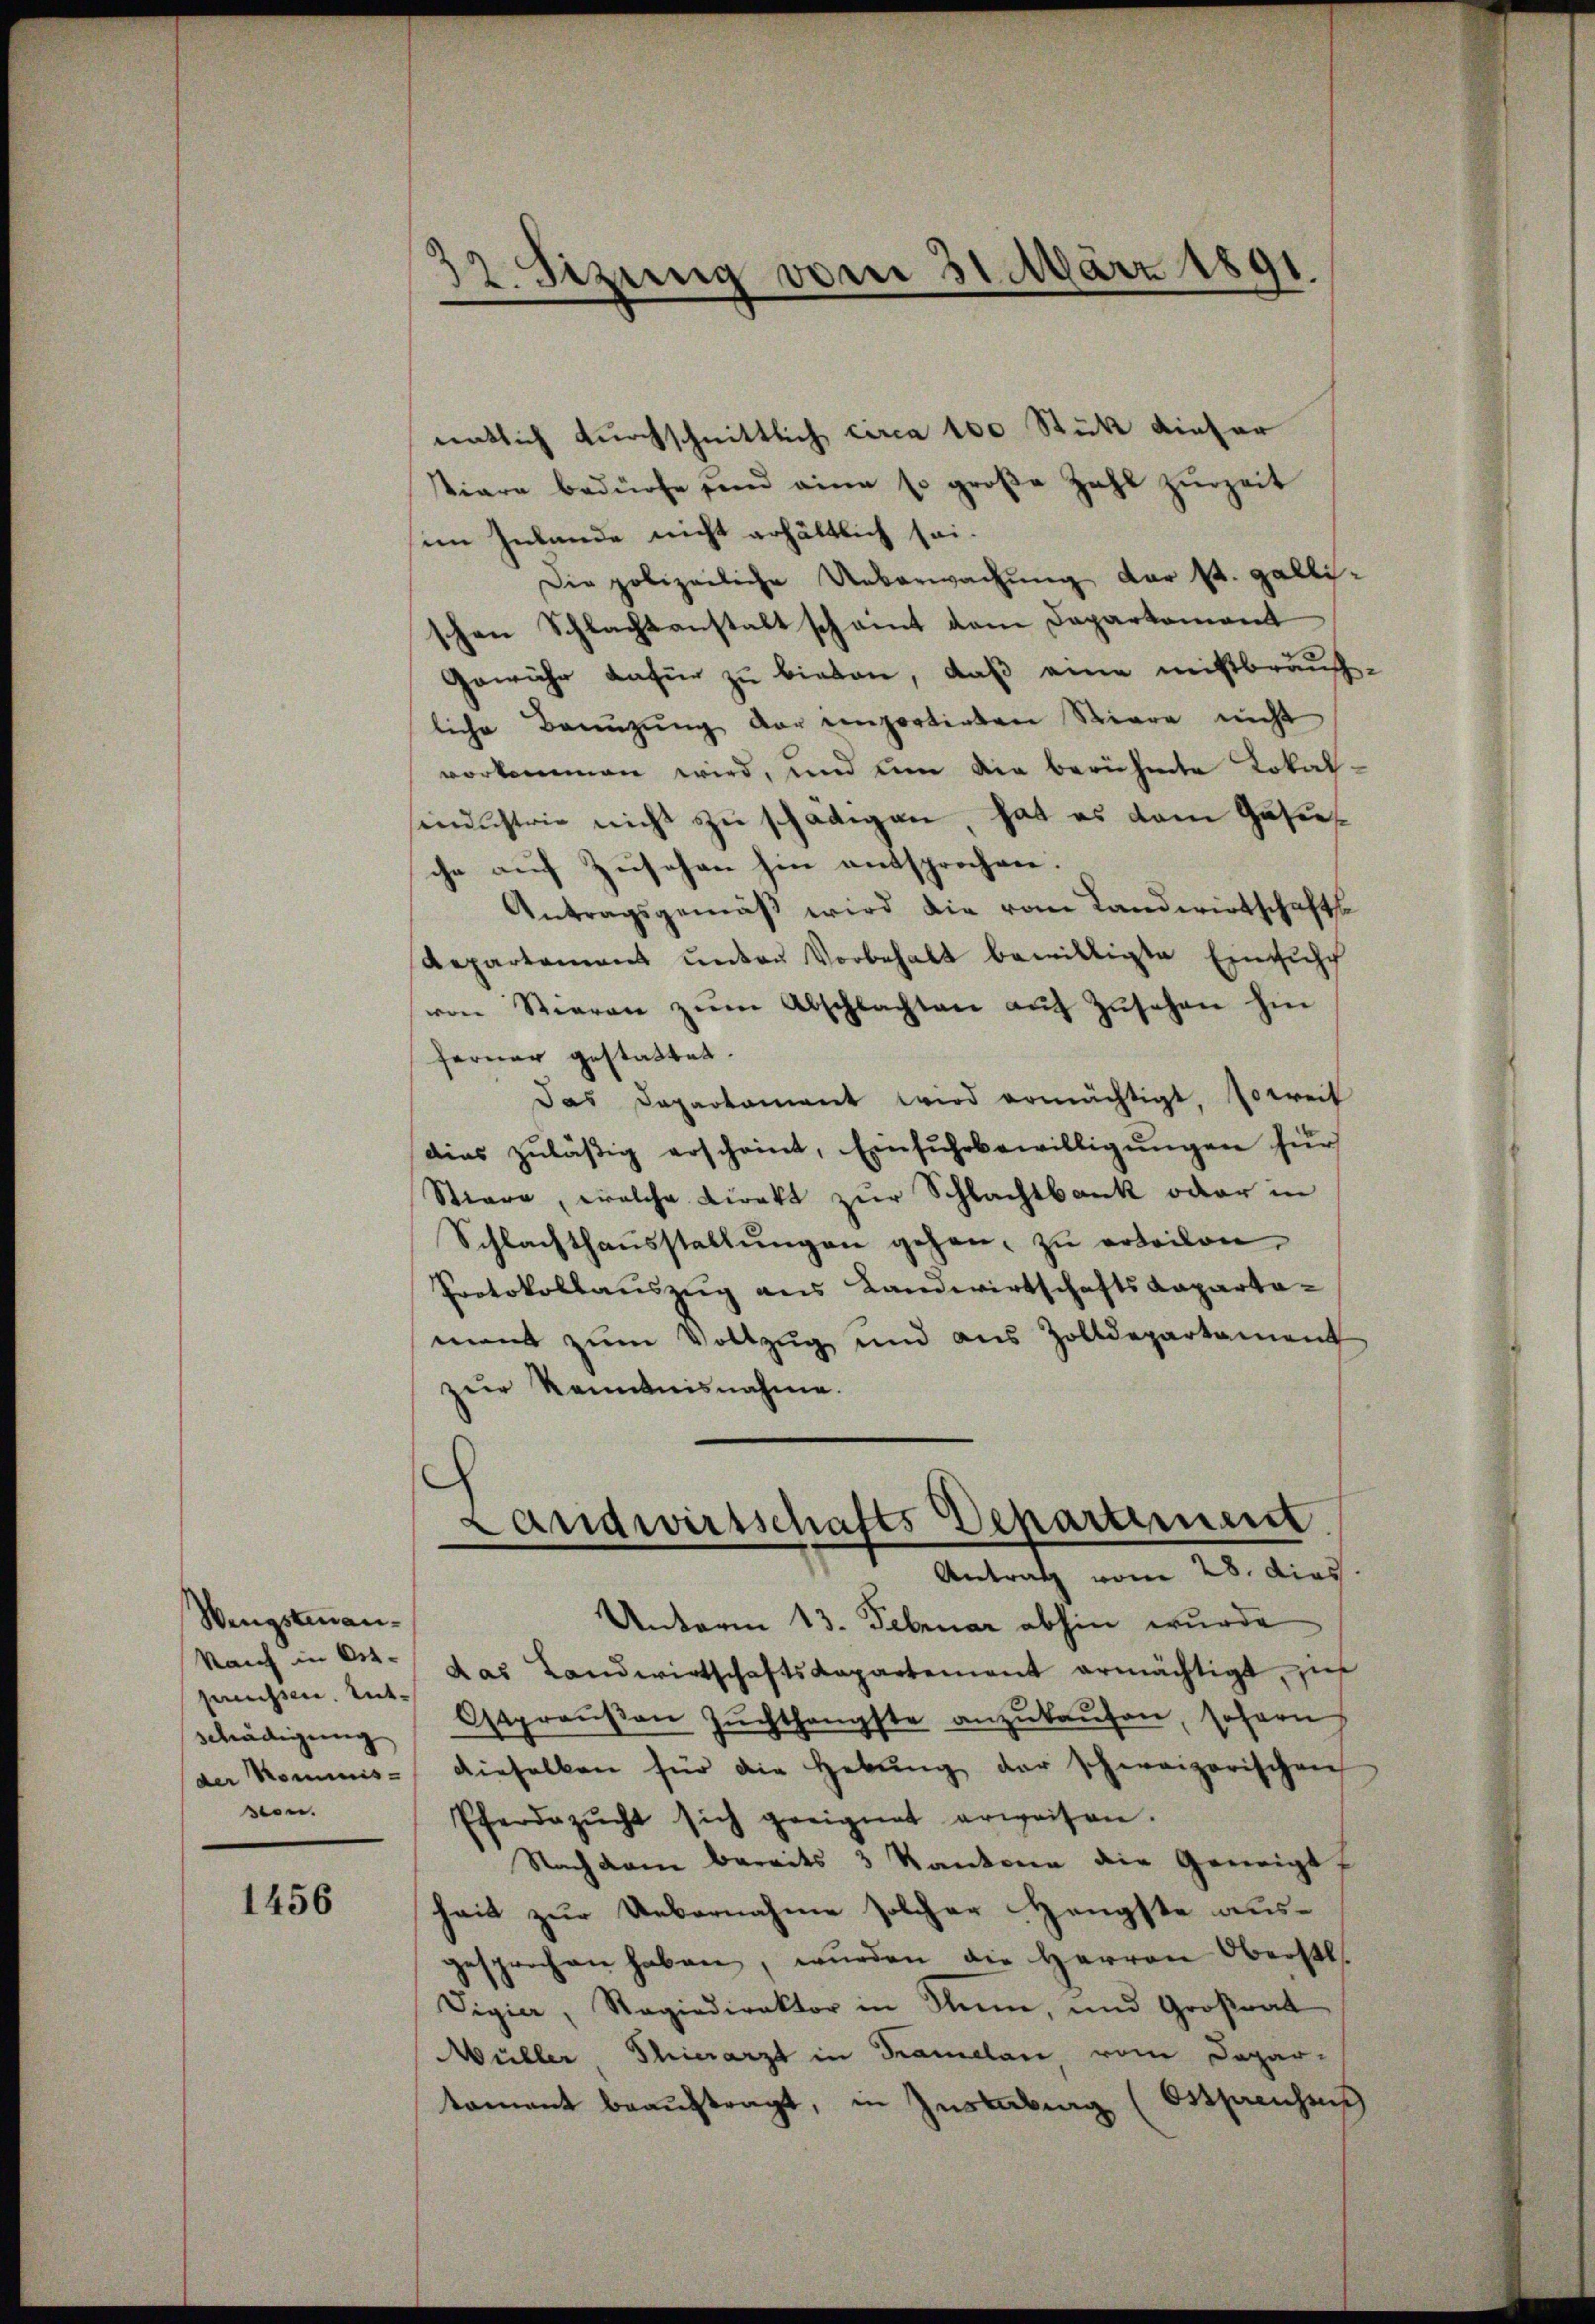
Wengstenan¬
Raif in Ost-
preussen. Entschädigung
der Kommis-
sen.

1456

12. Sizung vom 31. März 1891.

dentlich durchschnittlich circa 100 Stück dieser
tiare bedürfe sind eine so groβe Zahl zŭrzeit
im Inlande nicht erhältlich sei¬
Die polizeiliche Ueberwachung der St. Galli-
schen Schlachtanstalt scheint dem Departement
Gewähr dafür zu bieten, daß eine mißbrauch-
liche Bauŭzŭng der emportirten Stiere nicht
vorkommen wird, und um die berühmte Lokalsendustrie nicht zu schädigen, hat es dem Gasies
che auf Zuschen hin entsprochen.
Antragsgemäß wird die vom Landwirtschafts
Repartement ŭnter Vorbehalt bewilligte Einzŭsch
von Stieren zŭm Abschlachten aŭf Zŭsehen hin
Ferner gestattet.
Das Departament wird ermächtigt, soweit
ains zuläßig erscheint, Einfuhrbewilligungen zur
Stiere, welche Direkt zŭr Schlachtbank oder in
Schlachthaŭsstellŭngen gehen, zŭ erteilen,
Protokollauszug aus Landwirtschafts Kaparta-
ment zum Vollzug und aus Zolldepartament
zur Kenntnisnahme.

Landwirtschafts Departiment
Antrag vom 28. dies

Unterm 13. Februar abhin wurde
das Landwirtschaftskapartement ermächtigt, z
Ostpreußen Zuchthangste anzukaufen, sofern
dieselben für die Hebŭng der schweizerischen
Pferdezŭcht sich geeignet erweisen.
Nachdem bereits 3 Kantone die Geneigt,
heit zur Uebernahme solcher Hengste ausgesprochen haben, wurden die Herren Oberstl.
Vigia, Ragiadirektor in Nun, und Großrat
Müller Thierarzt in Tramelan vom Depar-
tament beaŭftragt, in Zustabung (Ostpreussis